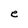
Character: e